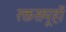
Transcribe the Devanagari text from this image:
रक्तसमूहों